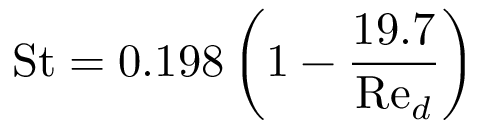
{ \mathrm { S t } } = 0 . 1 9 8 \left( 1 - { \frac { 1 9 . 7 } { { \mathrm { R e } } _ { d } } } \right)